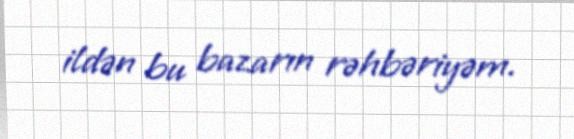
ildən bu bazarın rəhbəriyəm.